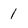
Character: 1